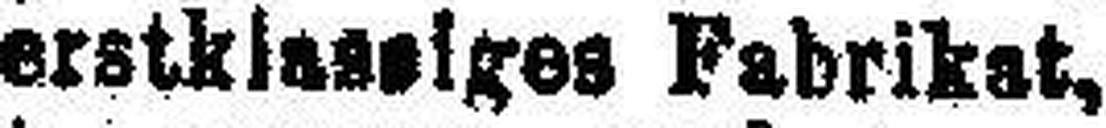
erstklassiges Fabrikat,